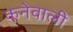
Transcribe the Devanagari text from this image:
कनेवाली